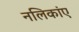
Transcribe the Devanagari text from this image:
नलिकांए